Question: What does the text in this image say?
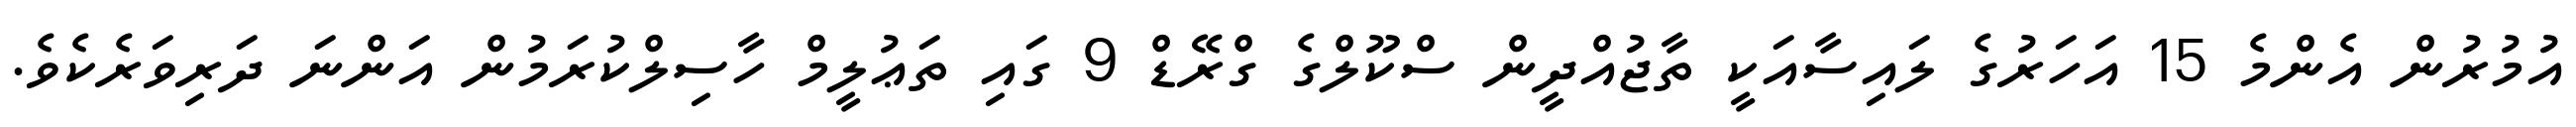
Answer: އުމުރުން އެންމެ 15 އަހަރުގެ ލައިސާއަކީ ތާޖުއްދީން ސްކޫލްގެ ގްރޭޑް 9 ގައި ތަޢުލީމް ހާސިލްކުރަމުން އަންނަ ދަރިވަރެކެވެ.